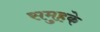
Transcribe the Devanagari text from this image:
समुहके